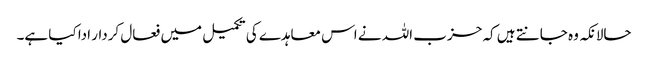
حالانکہ وہ جانتے ہیں کہ حزب اللہ نے اس معاہدے کی تکمیل میں فعال کردار ادا کیا ہے۔